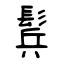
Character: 鬂